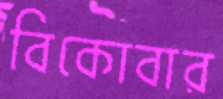
বিকোবার